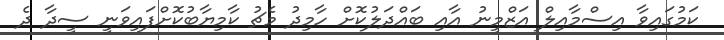
ކަމުގައިވާ އިސްމާއިލް އަޒްމީނު އާއި ބައްދަލުކޮށް ހާމިދު މެޗު ކާމިޔާބުކޮށްފައިވަނީ ސީދާ ދެ